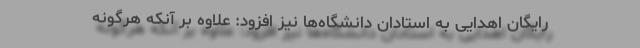
رایگان اهدایی به استادان دانشگاه‌ها نیز افزود: علاوه بر آنکه هرگونه